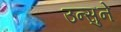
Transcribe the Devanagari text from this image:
उन्सुने